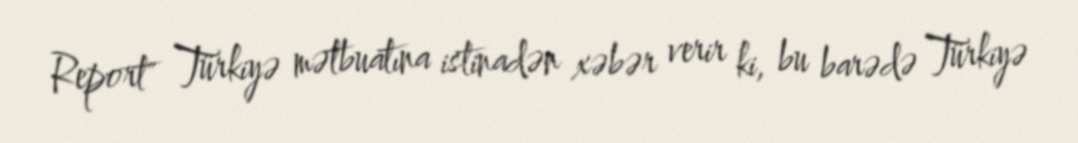
Report" Türkiyə mətbuatına istinadən xəbər verir ki, bu barədə Türkiyə